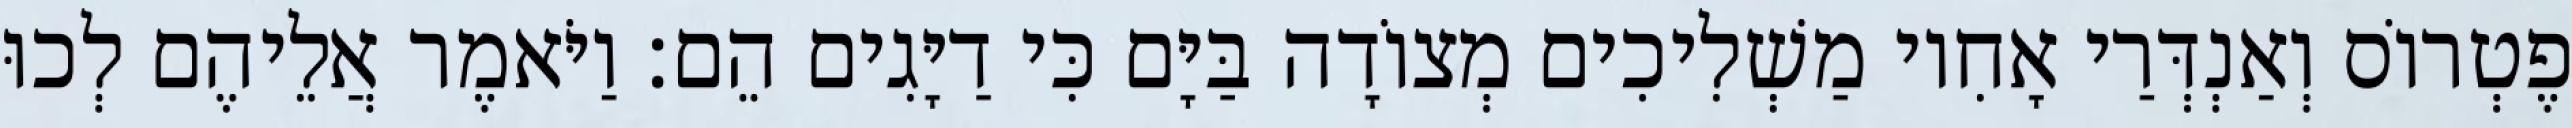
פֶטְרוֹס וְאַנְדְּרַי אָחִיו מַשְׁלִיכִים מְצוֹדָה בַּיָּם כִּי דַיָּגִים הֵם׃ וַיֹּאמֶר אֲלֵיהֶם לְכוּ